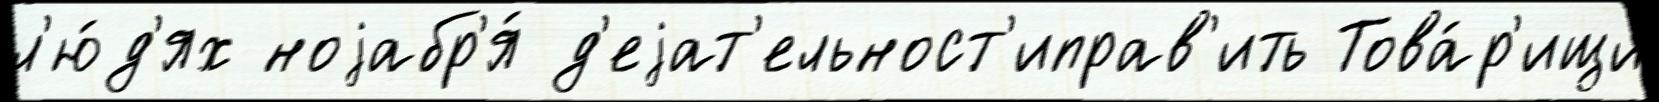
л'ю́д'ях ноjабр'я́ д'еjат'ельност'иправ'ить Това́р'ищи